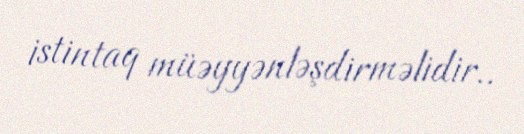
istintaq müəyyənləşdirməlidir..